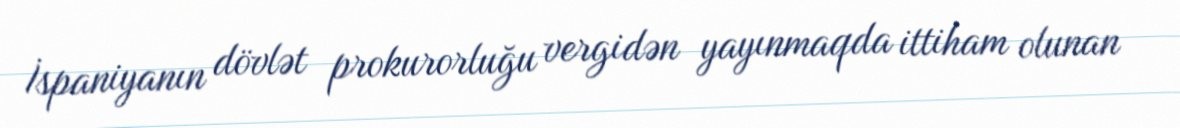
İspaniyanın dövlət prokurorluğu vergidən yayınmaqda ittiham olunan